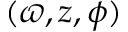
( \varpi , z , \phi )